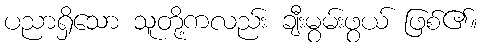
ပညာရှိသော သူတို့ကလည်း ချီးမွမ်းဖွယ် ဖြစ်၏။